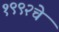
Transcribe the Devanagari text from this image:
१९९२चे